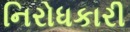
નિરોધકારી